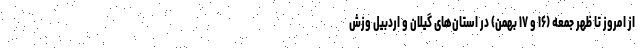
از امروز تا ظهر جمعه (۱۶ و ۱۷ بهمن) در استان‌های گیلان و اردبیل وزش